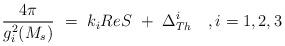
LaTeX: \begin{align*}{{4\pi } \over {g_i^2(M_s)}}\ =\ k_iReS \ +\ \Delta ^i_{Th} \ \ \ , i=1,2,3\end{align*}